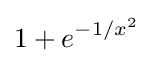
1+e^{-1/x^{2}}